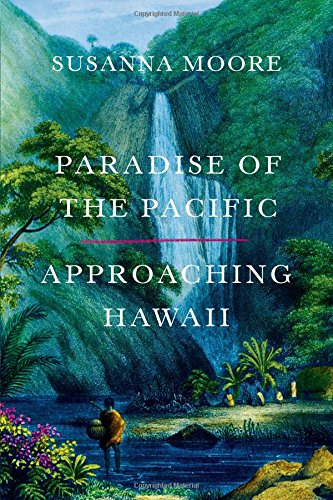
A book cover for Paradise of the Pacific: Approaching Hawaii; Susanna Moore; History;